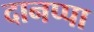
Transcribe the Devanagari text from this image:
दानप्पा